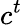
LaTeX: c^{t}